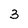
Character: 3